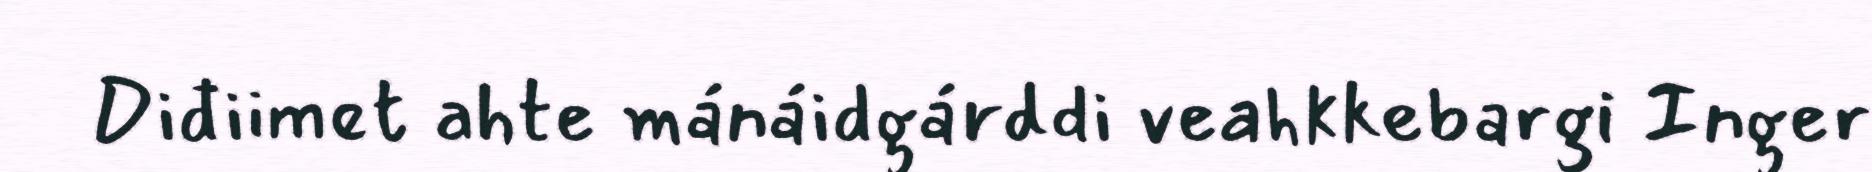
Diđiimet ahte mánáidgárddi veahkkebargi Inger